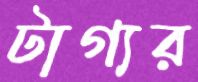
টাগ্যর